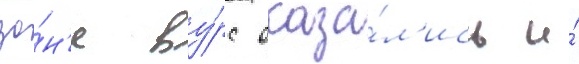
зо́н'е ву́рс оказа́л'ись и́